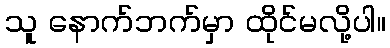
သူ နောက်ဘက်မှာ ထိုင်မလို့ပါ။